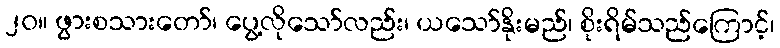
၂၀။ ဖွားစသားတော်၊ ပွေ့လိုသော်လည်း၊ ယသော်နိုးမည်၊ စိုးရိမ်သည်ကြောင့်၊